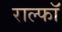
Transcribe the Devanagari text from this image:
राल्फॉ